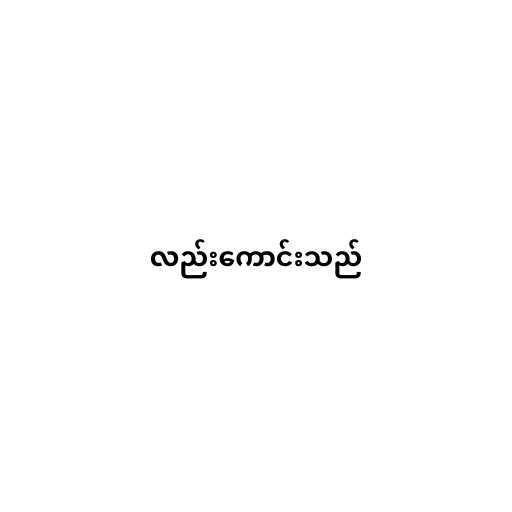
လည်းကောင်းသည်